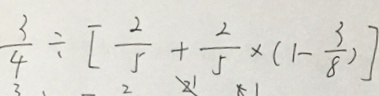
\frac { 3 } { 4 } \div [ \frac { 2 } { 5 } + \frac { 2 } { 5 } \times ( 1 - \frac { 3 } { 8 } ) ]